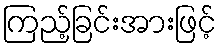
ကြည့်ခြင်းအားဖြင့်